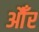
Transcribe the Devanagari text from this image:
औँर